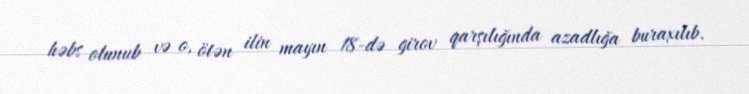
həbs olunub və o, ötən ilin mayın 18-də girov qarşılığında azadlığa buraxılıb.